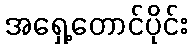
အရှေ့တောင်ပိုင်း